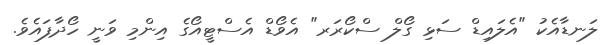
ލަނޑާއެކު "އެލައިޑް ސަޅި ގޯލް ސްކޯރަރ" އެވޯޑް އެސްޓީއޯގެ އިންމި ވަނީ ހޯދާފައެވެ.